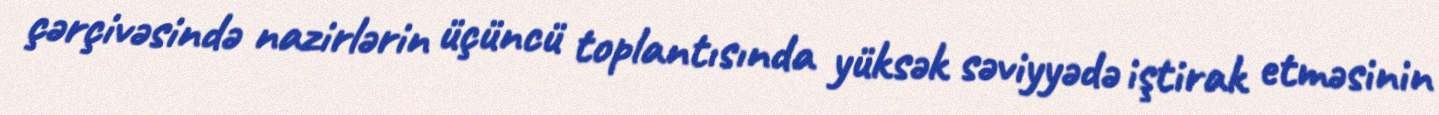
çərçivəsində nazirlərin üçüncü toplantısında yüksək səviyyədə iştirak etməsinin